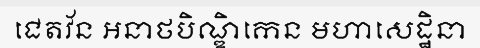
ជេតវ័ន អនាថបិណ្ឌិកេន មហាសេដ្ឋិនា